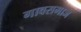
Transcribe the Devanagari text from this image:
गावसमाज